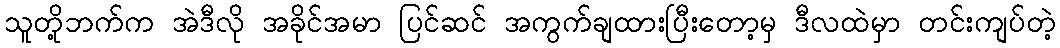
သူတို့ဘက်က အဲဒီလို အခိုင်အမာ ပြင်ဆင် အကွက်ချထားပြီးတော့မှ ဒီလထဲမှာ တင်းကျပ်တဲ့